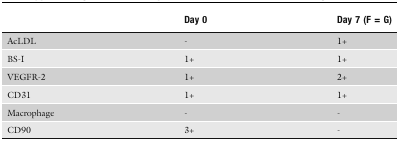
<table><thead><tr><td></td><td><b>Day 0</b></td><td><b>Day 7 (F = G)</b></td></tr></thead><tbody><tr><td>AcLDL</td><td>-</td><td>1+</td></tr><tr><td>BS-I</td><td>1+</td><td>1+</td></tr><tr><td>VEGFR-2</td><td>1+</td><td>2+</td></tr><tr><td>CD31</td><td>1+</td><td>1+</td></tr><tr><td>Macrophage</td><td>-</td><td>-</td></tr><tr><td>CD90</td><td>3+</td><td>-</td></tr></tbody></table>